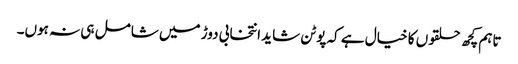
تاہم کچھ حلقوں کا خیال ہے کہ پوٹن شاید انتخابی دوڑ میں شامل ہی نہ ہوں۔